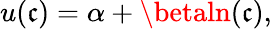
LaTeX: u(\mathfrak{c})=\alpha+\betaln(\mathfrak{c}),